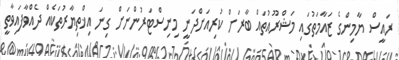
ރައީސް ޔާމިންގެ ޒައާމަތުގައި މަޝްރޫއުތައް ބާރަށް ކުރިއަށްދަނީ މިނިސްޓަރުންނަށް ގިނަ އިޚްތިޔާރުތަކެއް ދެއްވާފައިވާތީ